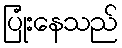
ပြုံးနေသည်